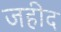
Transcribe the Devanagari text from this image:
जहीद